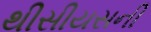
થીસીયસની